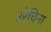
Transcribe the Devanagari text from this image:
उरेचिना